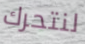
لنتحرك